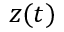
z ( t )